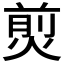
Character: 𤋎